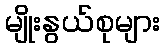
မျိုးနွယ်စုများ